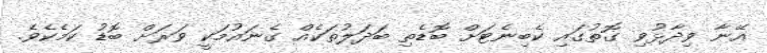
އޭނާ ވިދާޅުވި ގޮތުގައި ކެބިނެޓަށް ބޮޑެތި ބަދަލުތަކެއް ގެނައުމަކީ ވަރަށް ބޮޑު ކަމެކެވެ.